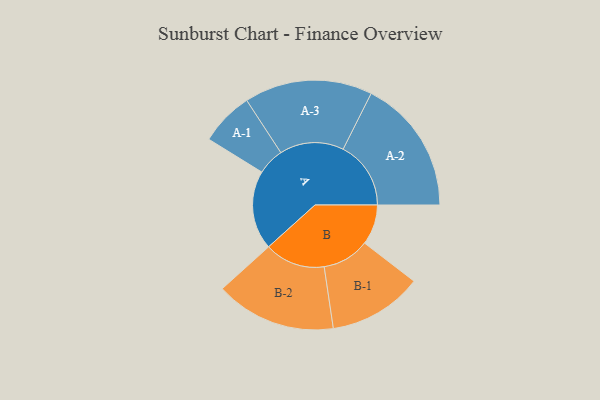
{"axis": {"x": "Segment", "y": "Value"}, "legend": ["", "A", "B"], "data": [{"x": "A", "y": 344, "type": ""}, {"x": "B", "y": 175, "type": ""}, {"x": "A-1", "y": 117, "type": "A"}, {"x": "A-2", "y": 295, "type": "A"}, {"x": "A-3", "y": 279, "type": "A"}, {"x": "B-1", "y": 205, "type": "B"}, {"x": "B-2", "y": 263, "type": "B"}]}